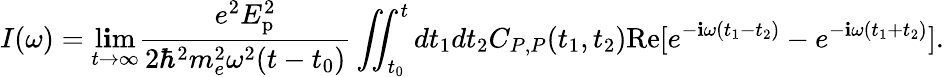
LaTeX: I(\omega)=\operatorname*{l\mathbf{i}m}_{t\rightarrow\infty}\frac{{e^{2}E_{\textrm{{p}}}^{2}}}{{2\hbar^{2}m_{e}^{2}\omega^{2}(t-t_{0})}}\iint_{t_{0}}^{t}dt_{1}dt_{2}C_{P,P}(t_{1},t_{2})\textrm{{Re}}[e^{-\mathbf{i}\omega(t_{1}-t_{2})}-e^{-\mathbf{i}\omega(t_{1}+t_{2})}].